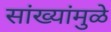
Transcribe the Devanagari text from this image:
सांख्यांमुळे